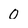
Character: 0